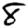
Digit: 8